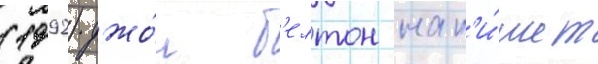
(1992) джо́н б'елтон нап'и́шет